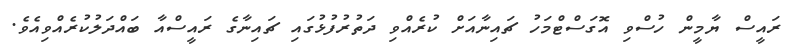
ރައީސް ޔާމީން ހުސްވި އޮގަސްޓްމަހު ޗައިނާއަށް ކުރެއްވި ދަތުރުފުޅުގައި ޗައިނާގެ ރައީސްއާ ބައްދަލުކުރެއްވިއެވެ.